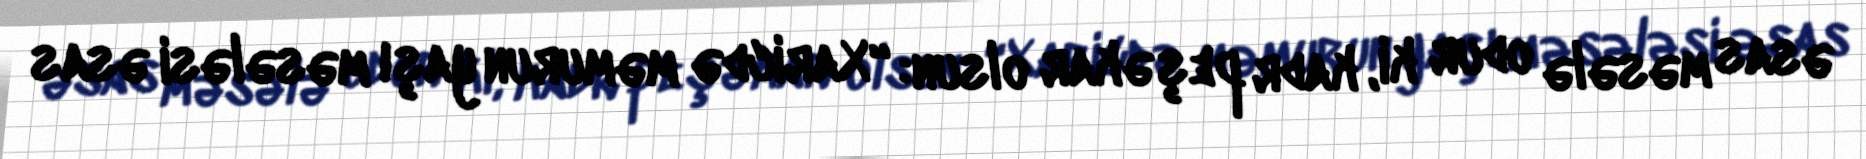
əsas məsələ odur ki, kadr peşəkar olsun: “Xaricdə məmurun yaşı məsələsi əsas